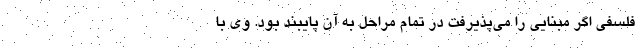
فلسفی اگر مبنایی را می‌پذیرفت در تمام مراحل به آن پایبند بود. وی با